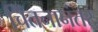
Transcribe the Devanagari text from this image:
चिंतनानंतर